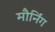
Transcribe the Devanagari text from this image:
मौर्निंग